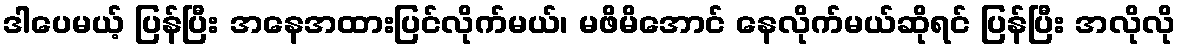
ဒါပေမယ့် ပြန်ပြီး အနေအထားပြင်လိုက်မယ်၊ မဖိမိအောင် နေလိုက်မယ်ဆိုရင် ပြန်ပြီး အလိုလို